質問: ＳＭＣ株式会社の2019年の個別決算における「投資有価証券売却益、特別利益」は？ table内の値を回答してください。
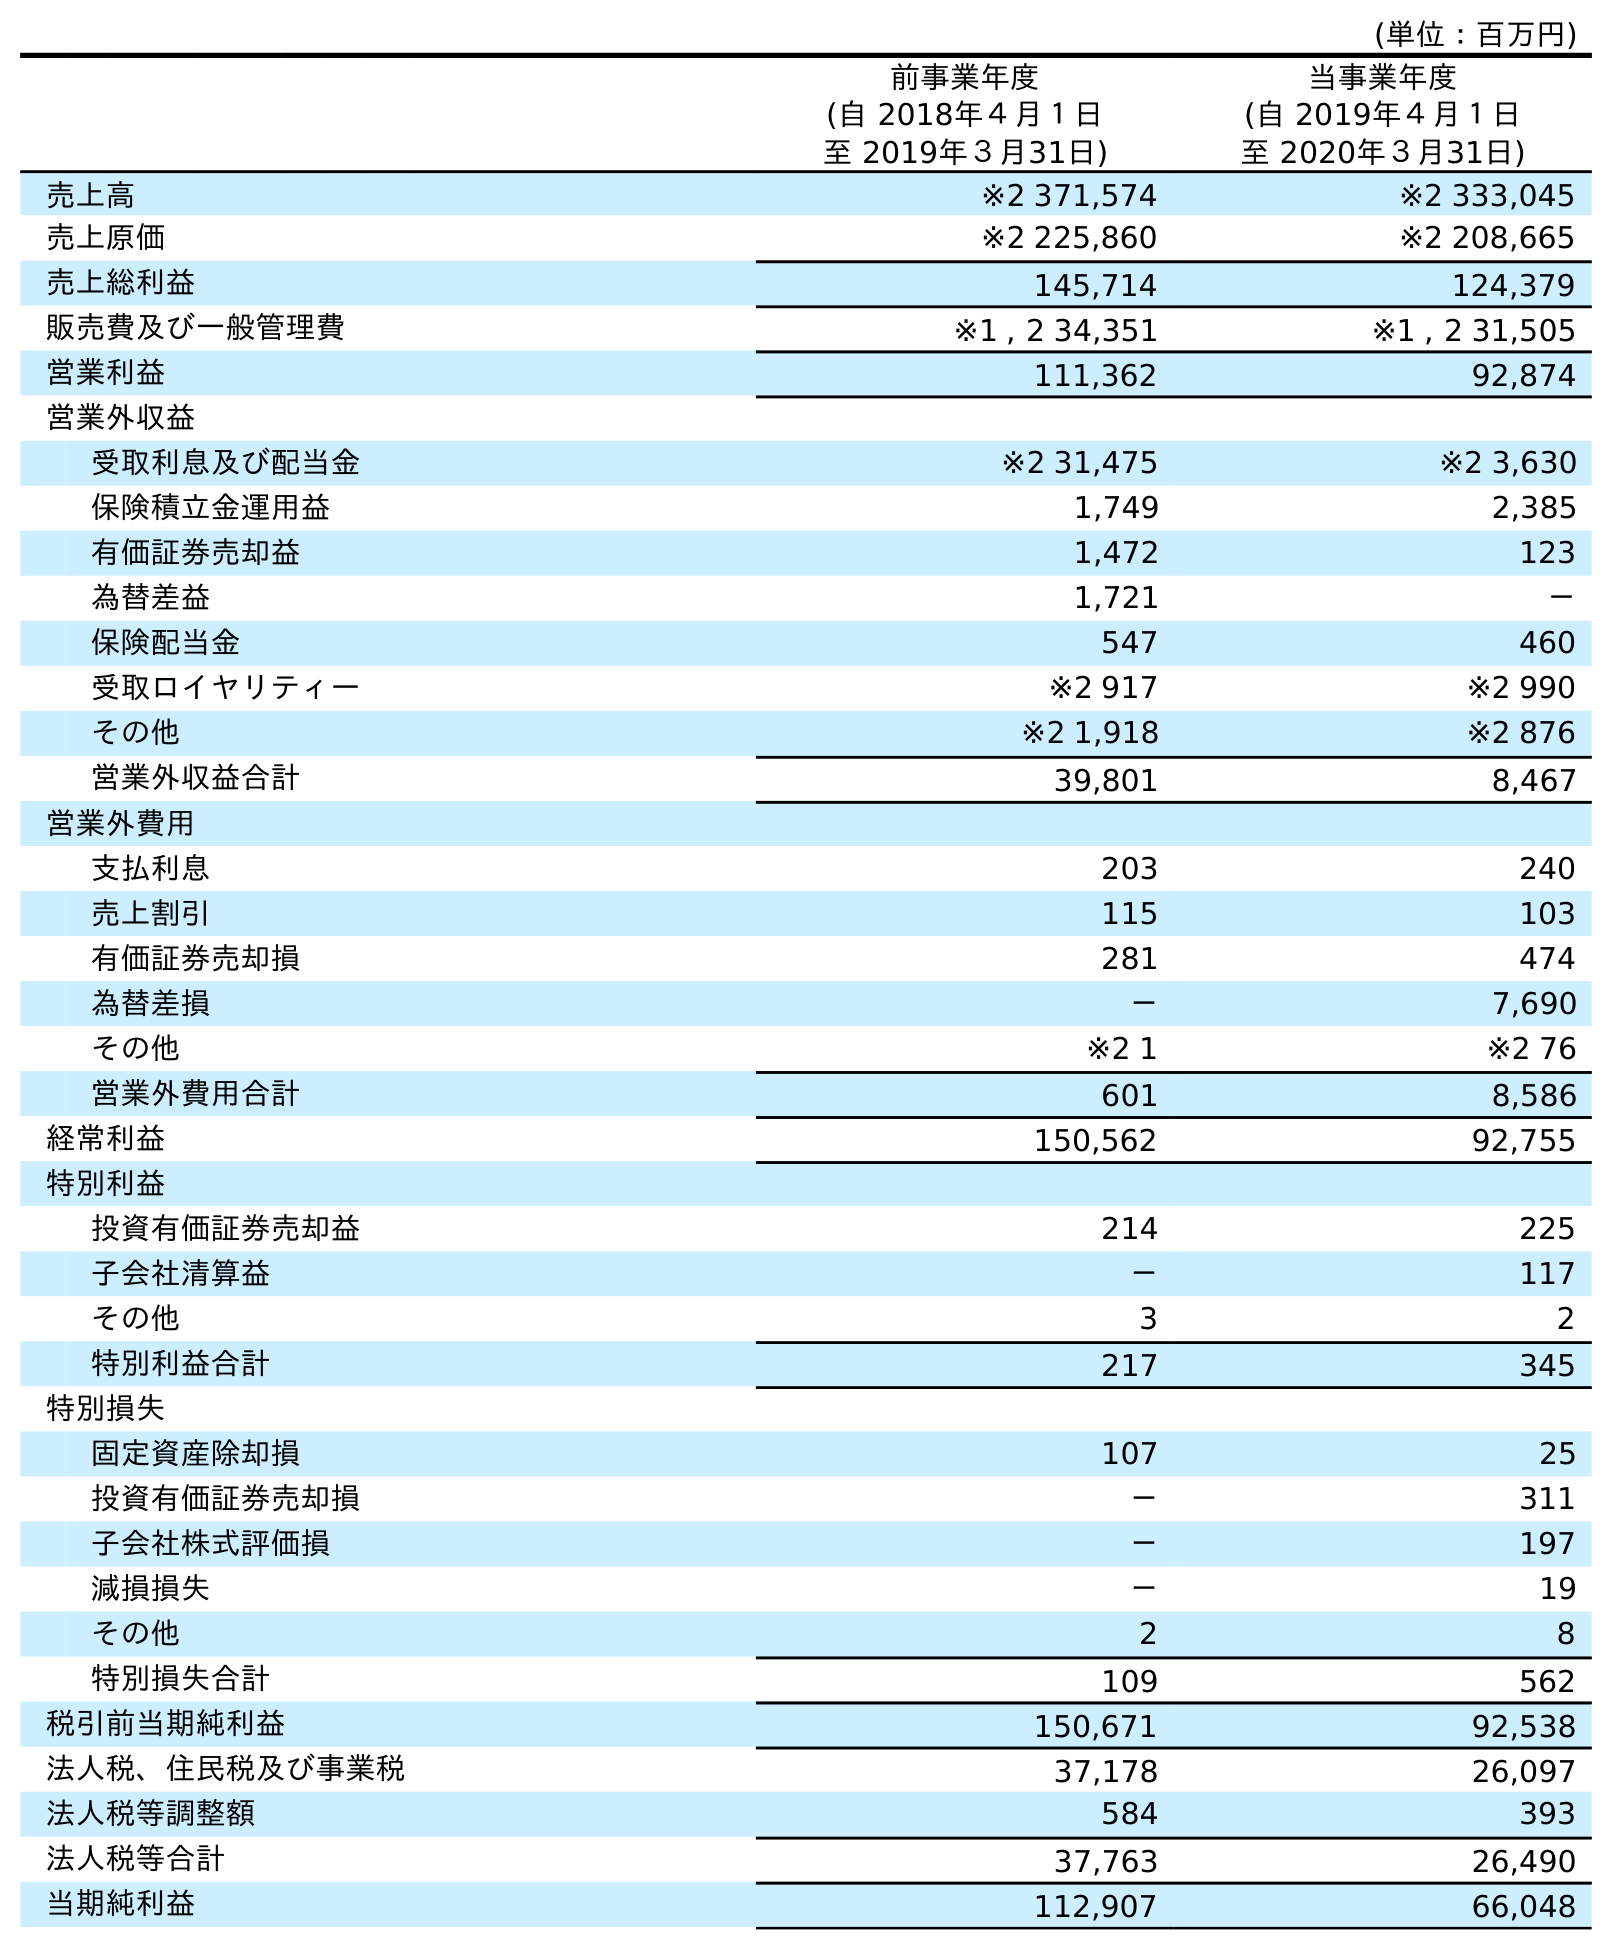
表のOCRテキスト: (単位：百万円) 前事業年度 (自 2018年４月１日 至 2019年３月31日) 当事業年度 (自 2019年４月１日 至 2020年３月31日) 売上高 ※2 371,574 ※2 333,045 売上原価 ※2 225,860 ※2 208,665 売上総利益 145,714 124,379 販売費及び一般管理費 ※1 , 2 34,351 ※1 , 2 31,505 営業利益 111,362 92,874 営業外収益 受取利息及び配当金 ※2 31,475 ※2 3,630 保険積立金運用益 1,749 2,385 有価証券売却益 1,472 123 為替差益 1,721 － 保険配当金 547 460 受取ロイヤリティー ※2 917 ※2 990 その他 ※2 1,918 ※2 876 営業外収益合計 39,801 8,467 営業外費用 支払利息 203 240 売上割引 115 103 有価証券売却損 281 474 為替差損 － 7,690 その他 ※2 1 ※2 76 営業外費用合計 601 8,586 経常利益 150,562 92,755 特別利益 投資有価証券売却益 214 225 子会社清算益 － 117 その他 3 2 特別利益合計 217 345 特別損失 固定資産除却損 107 25 投資有価証券売却損 － 311 子会社株式評価損 － 197 減損損失 － 19 その他 2 8 特別損失合計 109 562 税引前当期純利益 150,671 92,538 法人税、住民税及び事業税 37,178 26,097 法人税等調整額 584 393 法人税等合計 37,763 26,490 当期純利益 112,907 66,048
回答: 214